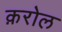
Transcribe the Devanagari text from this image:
क़रोल